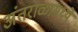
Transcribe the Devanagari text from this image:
अंतराळामध्ये